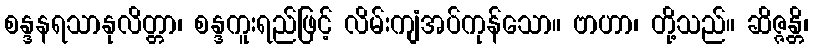
စန္ဒနရသာနုလိတ္တာ၊ စန္ဒကူးရည်ဖြင့် လိမ်းကျံအပ်ကုန်သော။ ဗာဟာ၊ တို့သည်။ ဆိဇ္ဇန္တိ၊